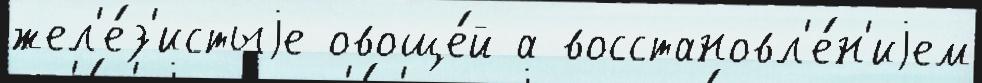
жел'е́з'истыjе овоще́й а восстановл'е́н'иjем